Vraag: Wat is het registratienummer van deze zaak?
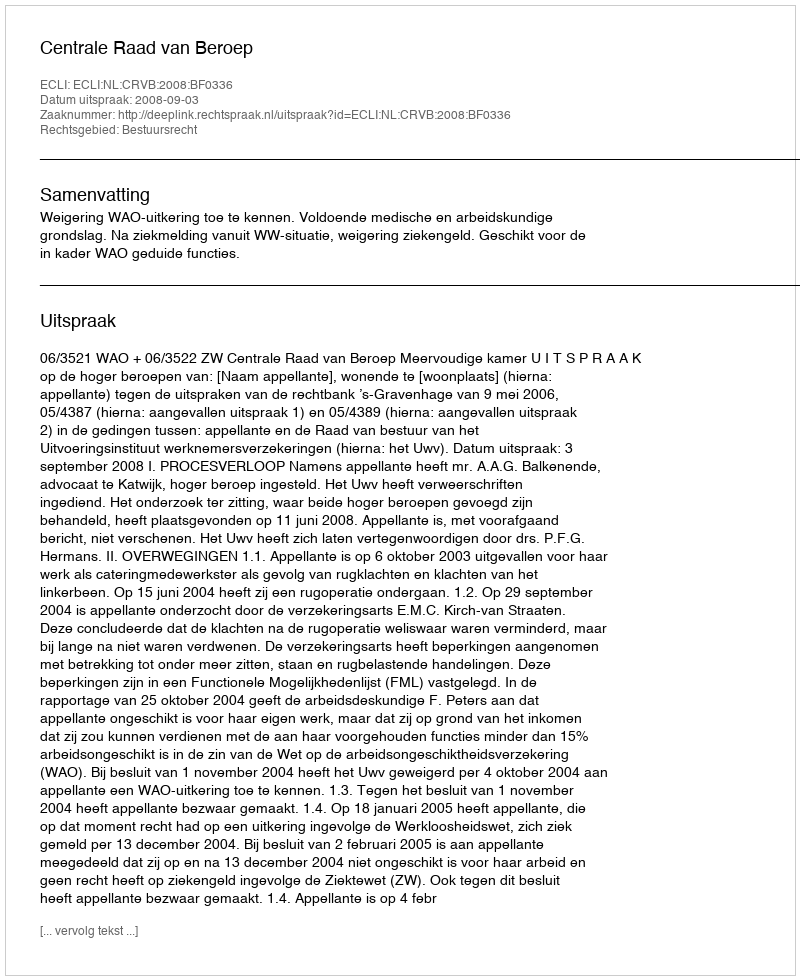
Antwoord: http://deeplink.rechtspraak.nl/uitspraak?id=ECLI:NL:CRVB:2008:BF0336